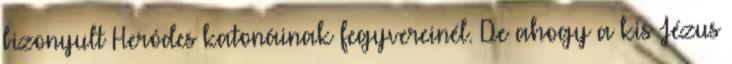
bizonyult Heródes katonáinak fegyvereinél. De ahogy a kis Jézus